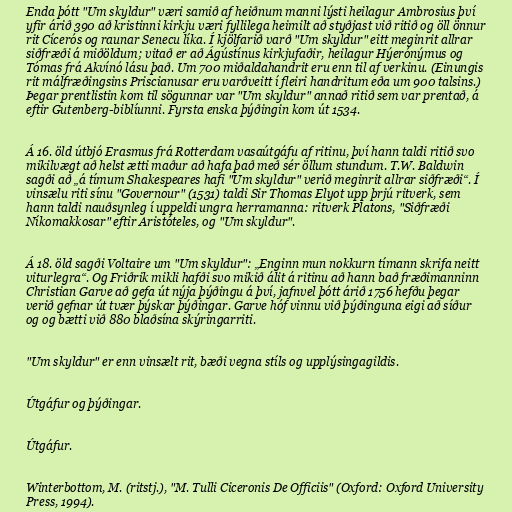
Enda þótt "Um skyldur" væri samið af heiðnum manni lýsti heilagur Ambrosius því
yfir árið 390 að kristinni kirkju væri fyllilega heimilt að styðjast við ritið og öll önnur
rit Cícerós og raunar Senecu líka. Í kjölfarið varð "Um skyldur" eitt meginrit allrar
siðfræði á miðöldum; vitað er að Ágústínus kirkjufaðir, heilagur Hýerónýmus og
Tómas frá Akvínó lásu það. Um 700 miðaldahandrit eru enn til af verkinu. (Einungis
rit málfræðingsins Priscianusar eru varðveitt í fleiri handritum eða um 900 talsins.)
Þegar prentlistin kom til sögunnar var "Um skyldur" annað ritið sem var prentað, á
eftir Gutenberg-biblíunni. Fyrsta enska þýðingin kom út 1534.

Á 16. öld útbjó Erasmus frá Rotterdam vasaútgáfu af ritinu, því hann taldi ritið svo
mikilvægt að helst ætti maður að hafa það með sér öllum stundum. T.W. Baldwin
sagði að „á tímum Shakespeares hafi "Um skyldur" verið meginrit allrar siðfræði“. Í
vinsælu riti sínu "Governour" (1531) taldi Sir Thomas Elyot upp þrjú ritverk, sem
hann taldi nauðsynleg í uppeldi ungra herramanna: ritverk Platons, "Siðfræði
Níkomakkosar" eftir Aristóteles, og "Um skyldur".

Á 18. öld sagði Voltaire um "Um skyldur": „Enginn mun nokkurn tímann skrifa neitt
viturlegra“. Og Friðrik mikli hafði svo mikið álit á ritinu að hann bað fræðimanninn
Christian Garve að gefa út nýja þýðingu á því, jafnvel þótt árið 1756 hefðu þegar
verið gefnar út tvær þýskar þýðingar. Garve hóf vinnu við þýðinguna eigi að síður
og og bætti við 880 blaðsína skýringarriti.

"Um skyldur" er enn vinsælt rit, bæði vegna stíls og upplýsingagildis.

Útgáfur og þýðingar.

Útgáfur.

Winterbottom, M. (ritstj.), "M. Tulli Ciceronis De Officiis" (Oxford: Oxford University
Press, 1994).